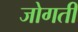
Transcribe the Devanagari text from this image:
जोगती